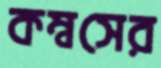
কম্বসের